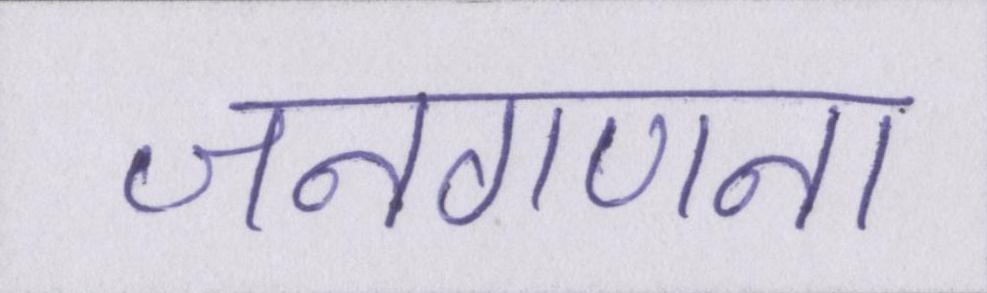
जनगणना